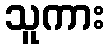
သူကား